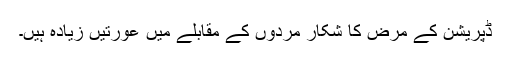
ڈپریشن کے مرض کا شکار مردوں کے مقابلے میں عورتیں زیادہ ہیں۔